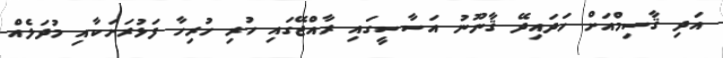
އަދި ޤާސިމްއަށް ހަދައިދޭ ޤާނޫނު އަސާސީގައި ރާއްޖޭގައި ހުރި ހުރިހާ ފަޅުރަށަކާއި މުދަލެއް